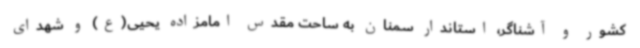
کشور و آشناگر، استاندار سمنان به ساحت مقدس امامزاده یحیی(ع) و شهدای